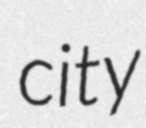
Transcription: city